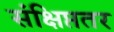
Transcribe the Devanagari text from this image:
संक्षिप्ततर